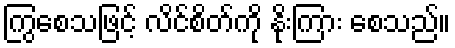
ကြွစေသဖြင့် လိင်စိတ်ကို နိုးကြား စေသည်။